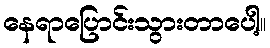
နေရာပြောင်းသွားတာပေါ့။